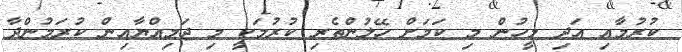
ކުރުމާއި އަދި މީހުން މި ކަމަށް ހޭލުންތެރި ކުރުމަކީ މި ޖަމިއްޔާއިން ކުރަމުންދާ